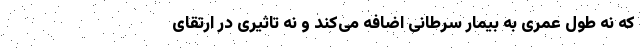
که نه طول عمری به بیمار سرطانی اضافه می‌کند و نه تاثیری در ارتقای